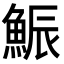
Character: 𩷩